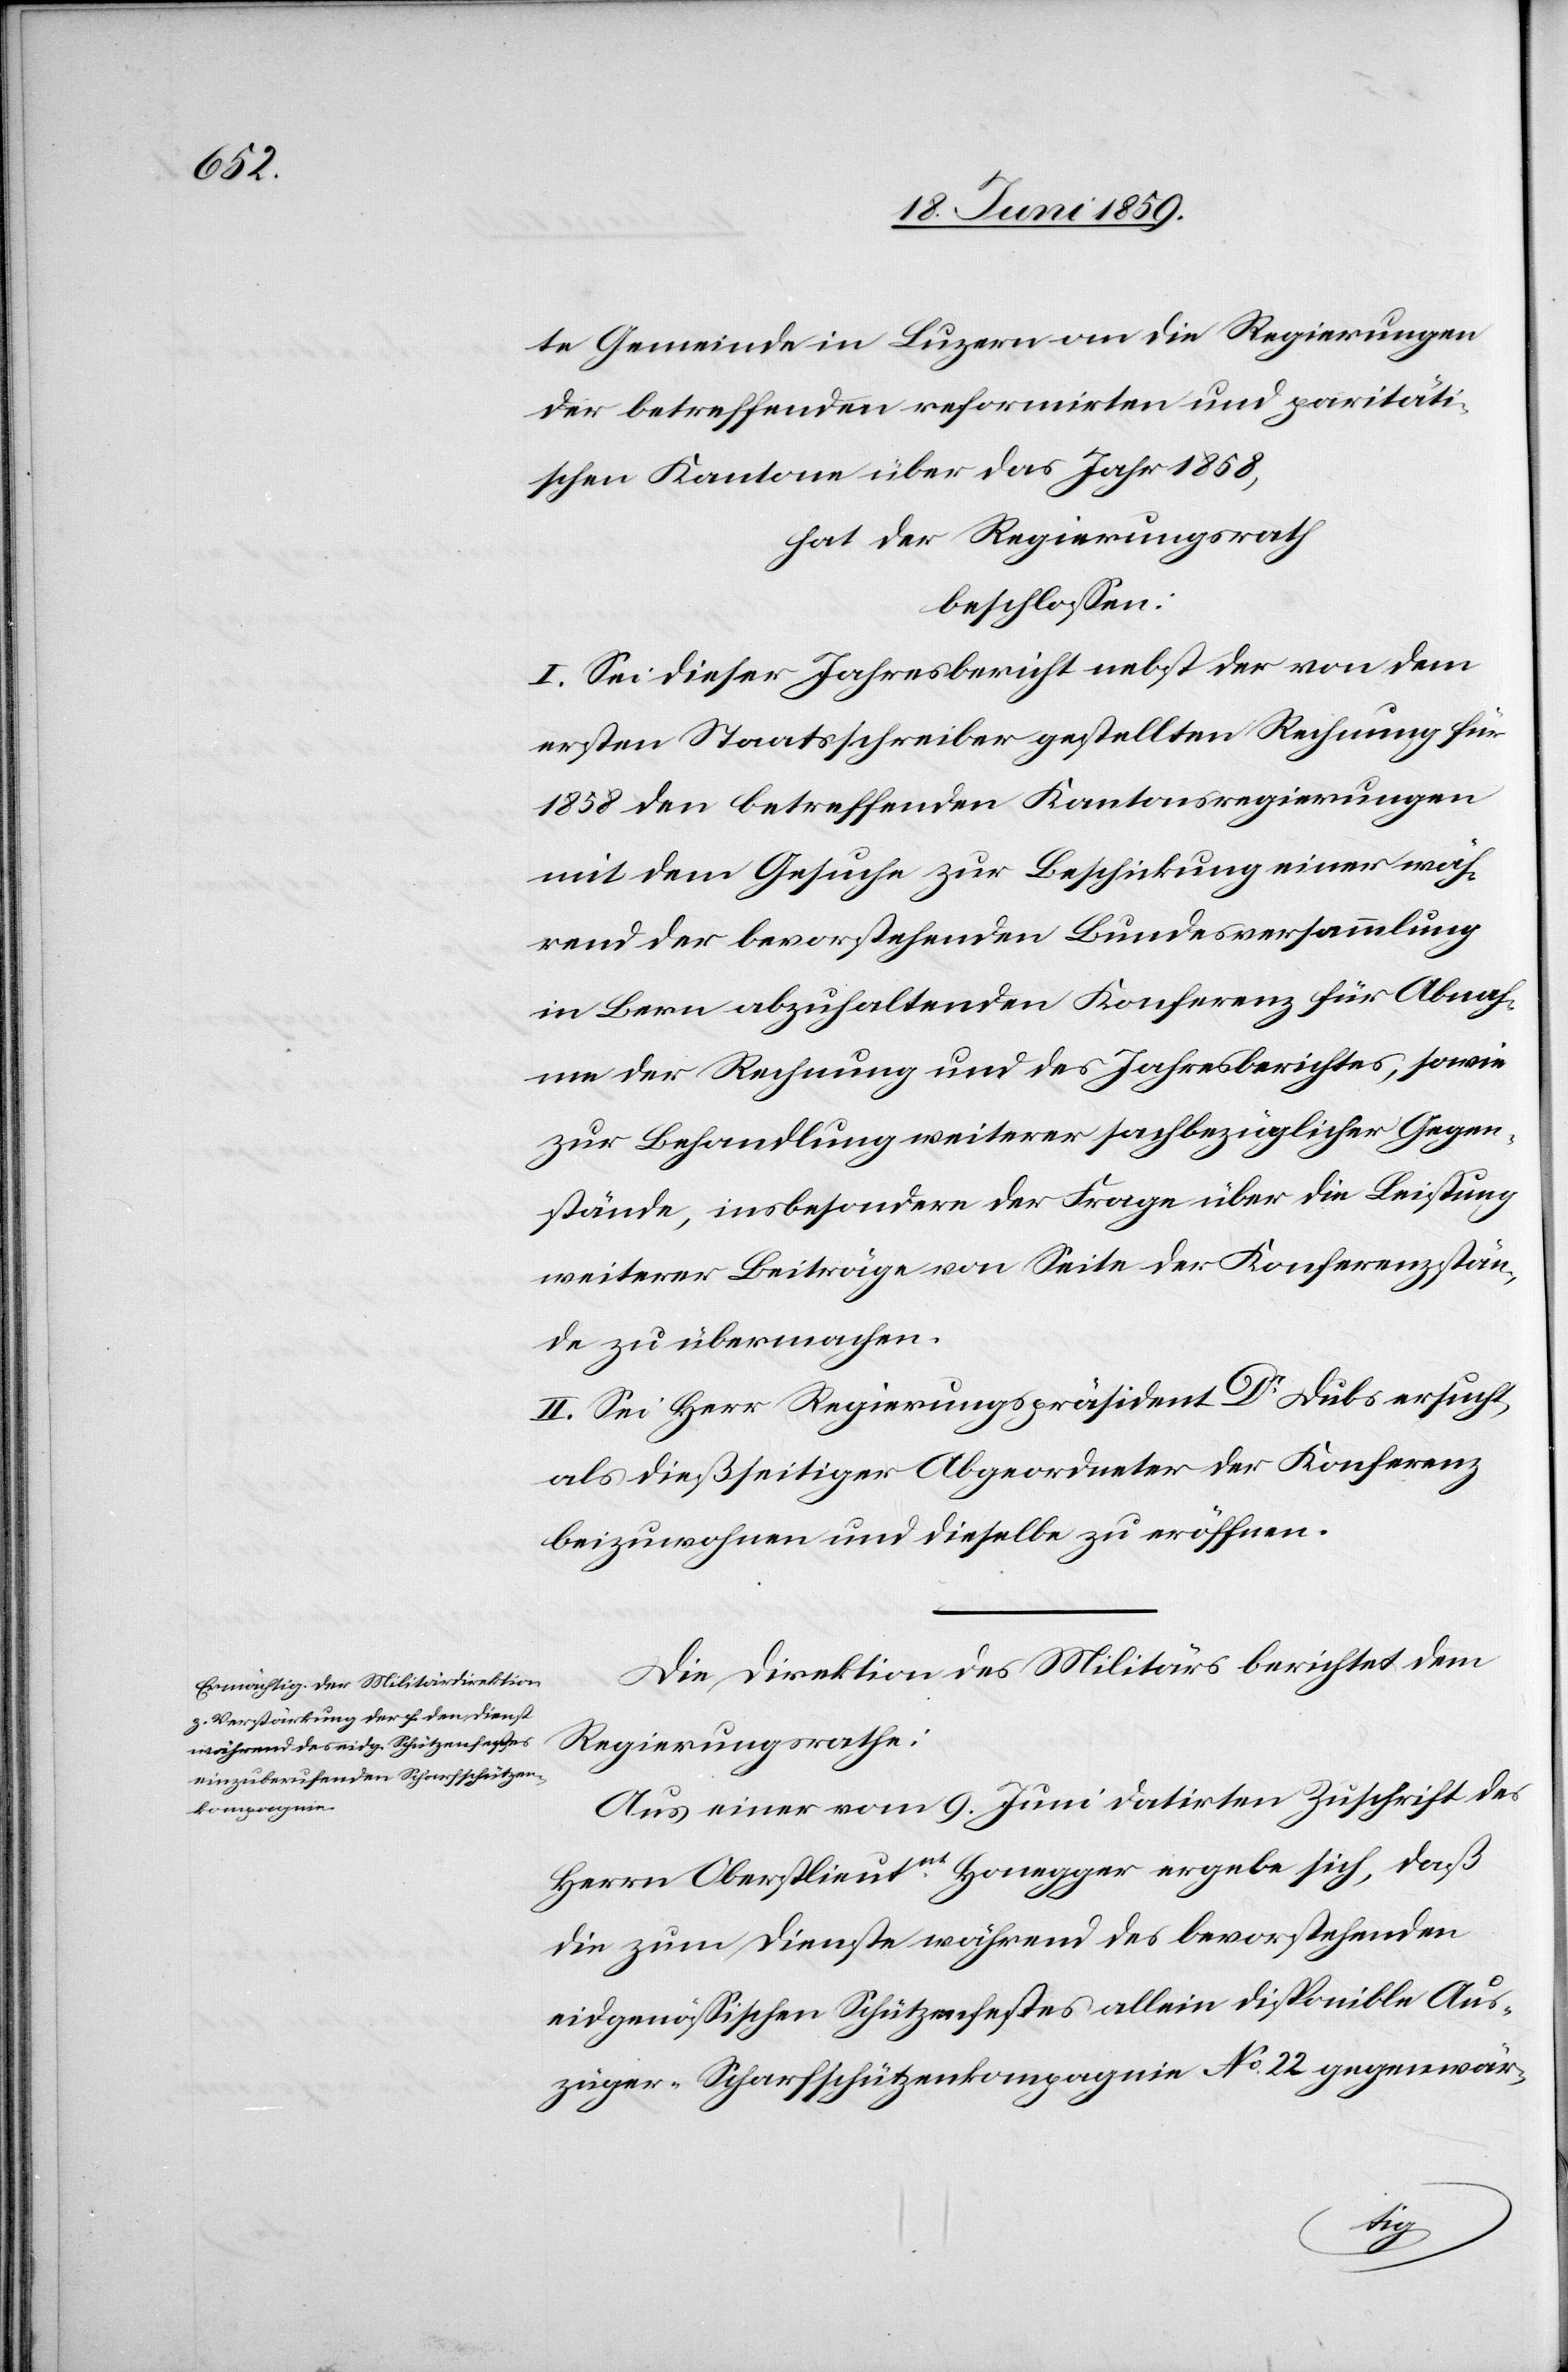
te Gemeinde in Luzern an die Regierungen
der betreffenden reformirten und paritäti¬
schen Kantone über das Jahr 1858,
hat der Regierungsrath
beschlossen:
I. Sei dieser Jahresbericht nebst der von dem
ersten Staatsschreiber gestellten Rechnung für
1858 den betreffenden Kantonsregierungen
mit dem Gesuche zur Beschickung einer wäh¬
rend der bevorstehenden Bundesversammlung
in Bern abzuhaltenden Konferenz für Abnah¬
me der Rechnung und des Jahresberichtes, sowie
zur Behandlung weiterer sachbezüglicher Gegen¬
stände, insbesondere der Frage über die Leistung
weiterer Beiträge von Seite der Konferenzstän¬
de zu übermachen.
II. Sei Herr Regierungspräsident Dr Dubs ersucht,
als dießseitiger Abgeordneter der Konferenz
beizuwohnen und dieselbe zu eröffnen.
Die Direktion des Militärs berichtet dem
Regierungsrathe:
Aus einer vom 9. Juni datirten Zuschrift des
Herrn Oberstlieutnt Honegger ergebe sich, daß
die zum Dienste während des bevorstehenden
eidgenössichen Schützenfestes allein disponible Aus¬
züger-Scharfschützenkompagnie No. 22 gegenwär-